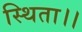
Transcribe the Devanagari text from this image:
स्थिता।।